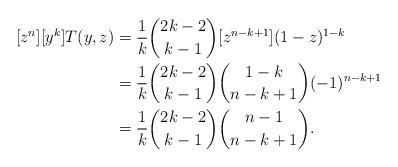
LaTeX: \begin{align*} [z^n][y^k]T(y, z)&=\frac1k\binom{2k-2}{k-1}[z^{n-k+1}](1-z)^{1-k}\\ &= \frac1k\binom{2k-2}{k-1}\binom{1-k}{n-k+1}(-1)^{n-k+1}\\ &=\frac1k\binom{2k-2}{k-1}\binom{n-1}{n-k+1}. \end{align*}